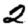
Digit: 2